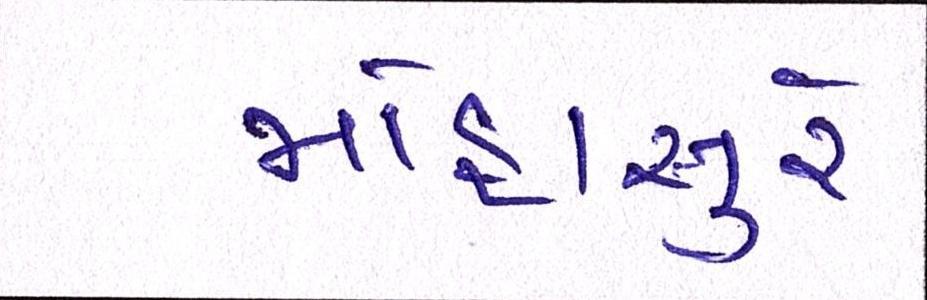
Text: મોહાસુરે